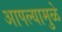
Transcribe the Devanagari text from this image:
आपल्यामुळे